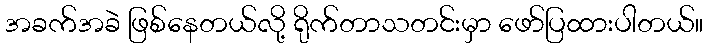
အခက်အခဲ ဖြစ်နေတယ်လို့ ရိုက်တာသတင်းမှာ ဖော်ပြထားပါတယ်။